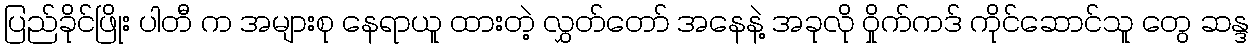
ပြည်ခိုင်ဖြိုး ပါတီ က အများစု နေရာယူ ထားတဲ့ လွှတ်တော် အနေနဲ့ အခုလို ဝှိုက်ကဒ် ကိုင်ဆောင်သူ တွေ ဆန္ဒ